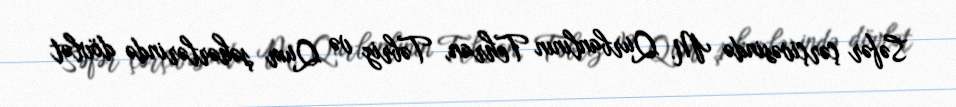
Səfər çərçivəsində M. Qurbanlının Tehran, Təbriz və Qum şəhərlərində dövlət